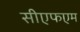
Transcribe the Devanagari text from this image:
सीएफएम